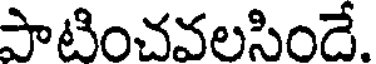
పాటించవలసిందే.